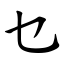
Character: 乜